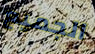
الجميع